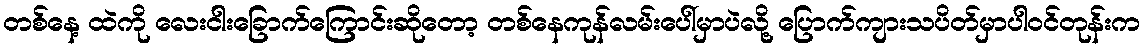
တစ်နေ့ ထဲကို လေးငါးခြောက်ကြောင်းဆိုတော့ တစ်နေကုန်လမ်းပေါ်မှာပဲလို့ ပြောက်ကျားသပိတ်မှာပါဝင်တုန်းက